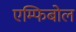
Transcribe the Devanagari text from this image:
एम्फिबोल